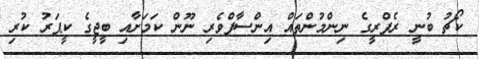
ކޯޗު ބުނީ ރެފްރީގެ ނިންމުންތައް އިންސާފްވެރި ނޫން ކަމަށާއި ބީޖީގެ ކީޕަރު ކުރި